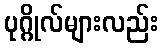
ပုဂ္ဂိုလ်များလည်း